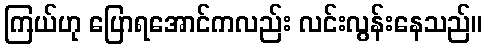
ကြယ်ဟု ပြောရအောင်ကလည်း လင်းလွန်းနေသည်။